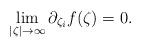
LaTeX: \begin{align*}\lim\limits_{|\zeta|\to \infty}\partial_{\zeta_i} f(\zeta)=0.\end{align*}